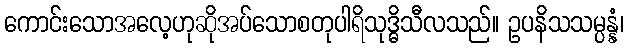
ကောင်းသောအလေ့ဟုဆိုအပ်သောစတုပါရိသုဒ္ဓိသီလသည်။ ဥပနိသသမ္ပန္နံ၊